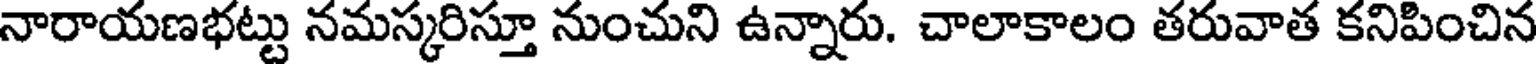
నారాయణభట్టు నమస్కరిస్తూ నుంచుని ఉన్నారు. చాలాకాలం తరువాత కనిపించిన